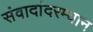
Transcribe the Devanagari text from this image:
संवादांदरम्यान